Vaccination in Bombay 1889-1901 - 1889-1901
Year: 1889
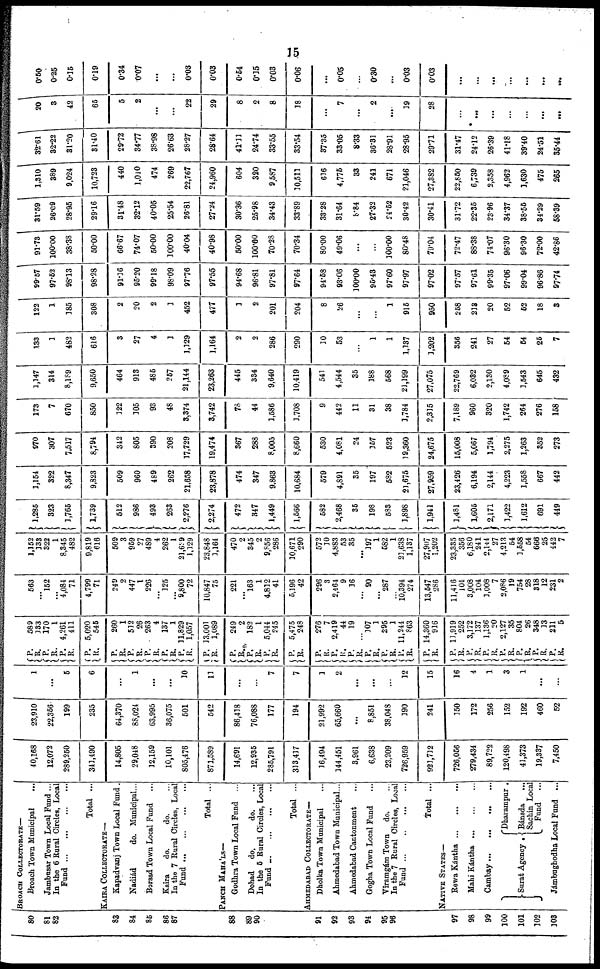
15
80
81
82
83
84
85
86
87
88
89
90
91
92
93
94
95
96
97
98
99
100
101
102
103
BROACH COLLECTORATE—
Broach Town Municipal
...
Jambusar Town Local Fund ...
In the 6 Rural Circle, Local
Fund... ... ... ...
Total ...
KAIRA COLLECTORATE—
Kapadvanj Town Local Fund .
Nadiád
do. Municipal...
Borsad Town Local Fund ...
Kaira
do.
do.
...
In the 7 Rural Circles, Local
Fund... ... ... ...
Total ...
PANCH MAHÁLS—
Godhra Town Local Fund ...
Dohad do.
do.
...
In the 5 Rural Circles, Local
Fund... ... ... ...
Total ...
AHMEDABAD COLLECTORATE—
Dholka Town Municipal ...
Ahmedabad Town Municipal...
Ahmedabad Cantonment ...
Gogha Town Local Fund ...
Viramgám Town
do. ...
In the 7 Rural Circle, Local
Fund... ... ... ...
Total ...
NATIVE STATES—
Rewa
Kántha...
...
...
Mahi
Kántha...
...
...
Cambay...
...
...
...
Surat Agency .
Dharampur .
Bánada
...
Sachin Local
Fund ...
Jámbughodha Local Fund ...
40,168
12,072
289,250
341,490
14,805
29,048
12,159
10,101
805,476
871,589
14,691
12,935
285,791
313,417
16,494
144,451
3,961
6,638
23,209
726,959
921,712
726,056
279,434
89,722
120,498
41,373
19,337
7,450
23,910
22,356
199
235
64,370
88,024
63,995
36,075
501
542
86,418
76,088
177
194
21,992
65,660
...
8,851
38,048
190
241
150
172
256
152
192
460
52
1
...
5
6
...
1
...
...
10
11
...
...
7
7
1
2
...
...
...
12
15
16
4
1
3
1
...
...
P.
R. P.
R. P.
R.
P.
R.
589
133
170
1
4,261
411
5,020
545
P.
R.
P.
R.
P.
R.
P.
R.
P.
R.
P.
R.
P.
R.
P.
R. P.
R.
P.
R.
260
1
512
26
263
4
137
1
11,829
1,057
13,001
1,089
249
2
182
1
5,044
245
5,475
248
P. R.
P.
R.
P.
R. P.
R.
P.
R.
P.
R.
P.
R.
276
7
2,419
44
19
...
107
1
295
1
11,244
863
14,360
916
P.
R.
P. R.
P.
R.
P.
R.
P.
R. P.
R.
P. R.
11,919
252
3,172
137
1,136
20
2,127
35
804
26
348
13
211
5
563
...
152
...
4,084
71
4,799
71
249
2
447
1
226
...
125
...
9,800
72
10,847
75
221
...
163
1
4,812
41
5,196
42
296
3
2 464
9
16
...
90
...
287
...
10,394
274
13,547
286
11,416
104
3,008
104
1,008
7
2,086
19
754
28
318
12
231
2
1,152
133
322
1
8,345
482
9,819
616
509
3
959
27
489
4
262
1
21,629
1,129
23,848
1,161
470
2
345
2
9,856
286
10,671
290
572
10
4 883
53
35
...
197
1
582
1
23,638
1,137
27,907
1,202
23,335
356
6,180
241
2,144
27
4,213
54
1,558
54
666
25
442
7
1,285
323
1,765
1,739
512
986
493
263
2,276
2,274
472
347
1,449
1,566
582
2,468
35
198
583
1,898
1,941
1,481
1,605
2,171
1,422
1,612
691
449
1,154
322
8,347
9,823
509
960
489
262
21,658
23,878
474
347
9,863
10,684
579
4,891
35
197
582
21,675
27,959
23,426
6,194
2,144
4,223
1,558
667
442
970
307
7,517
8,794
342
805
390
208
17,729
19,474
367
288
8,005
8,660
530
4,081
24
157
523
19,360
24,675
15,008
5,067
1,794
2,275
1,263
352
273
173
7
670
850
122
105
93
48
3,374
3,742
78
44
1,586
1,708
9
442
11
31
38
1,784
2,315
7,189
960
320
1,742
264
276
158
1,147
314
8,189
9,650
464
913
485
257
21,144
23,263
445
334
9,640
10,419
541
4,544
35
188
568
21,199
27,075
22,769
6,032
2,130
4,089
1,543
645
432
133
1
482
616
3
27
4
1
1,129
1,164
2
2
286
290
30
53
...
1
1
1,137
1,202
356
241
27
54
54
25
7
122
1
385
308
2
20
2
1
452
477
1
2
201
204
8
26
...
...
1
915
950
258
213
20
52
52
18
3
99.57
97.52
98.13
98.28
91.16
95.20
99.18
98.09
97.76
97.55
94.68
96.81
97.81
97.64
94.58
93.06
100.00
95.43
97.60
97.97
97.02
97.57
97.61
99.35
97.06
99.04
96.86
97.74
91.73
100.00
38.38
50.00
66.67
74.07
50.00
100.00
40.04
40.98
50.00
100.00
70.28
70.34
80.00
49.06
...
...
100.00
80.48
79.04
72.47
88.38
74.07
96.30
96.30
72.00
42.86
31.59
26.09
28.95
29.16
31.48
32.12
40.05
25.54
26.81
27.24
30.36
25.98
34.43
33.89
33.28
31.64
8.84
27.32
24.52
30.42
30.41
31.72
22.35
23.96
34.37
38.55
34.29
58.39
1,310
389
9,024
10,723
440
1,010
474
269
22,767
24,960
604
320
9,587
30,511
616
4,775
33
241
671
21,046
27,382
22,850
6,739
2,358
4,962
1,630
475
265
32.61
32.22
31.20
31.40
29.72
34.77
38.98
26.63
28.27
28.64
41.11
24.74
33.55
33.54
37.35
33.05
8.33
36.31
28.91
28.95
29.71
31.47
24.12
26.39
41.18
39.40
24.51
35.41
20
3
42
65
5
2
...
...
22
29
8
2
8
38
...
7
...
2
...
19
28
...
...
...
...
...
...
...
0.50
0.25
0.15
0.19
0.34
0.07
...
...
0.03
0.03
0.54
0.15
0.03
0.06
...
0.05
...
0.30
...
0.03
0.03
...
...
...
...
...
...
...